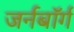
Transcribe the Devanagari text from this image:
जर्नबॉर्ग